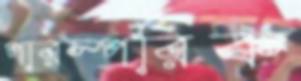
পারস্পরিক